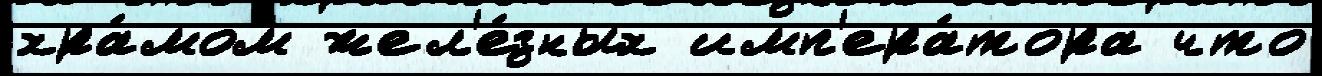
хра́мом жел'е́зных имп'ера́тора что